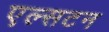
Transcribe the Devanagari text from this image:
एल्सटन